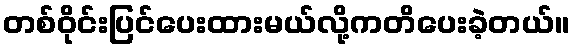
တစ်ဝိုင်းပြင်ပေးထားမယ်လို့ကတိပေးခဲ့တယ်။